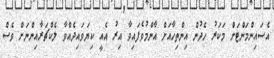
އެސައިންމަންޓަށް މަކަރު ހެދުން އިންތިހާއަށް އާންމުވެފައިވާ އިރު އެއީ ކިޔަވައިދެއްވާ ލެކްޗަރާއިންނަށް ވެސް